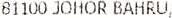
81100 JOHOR BAHRU,